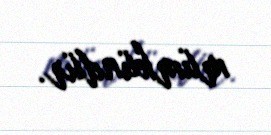
mümkündür.